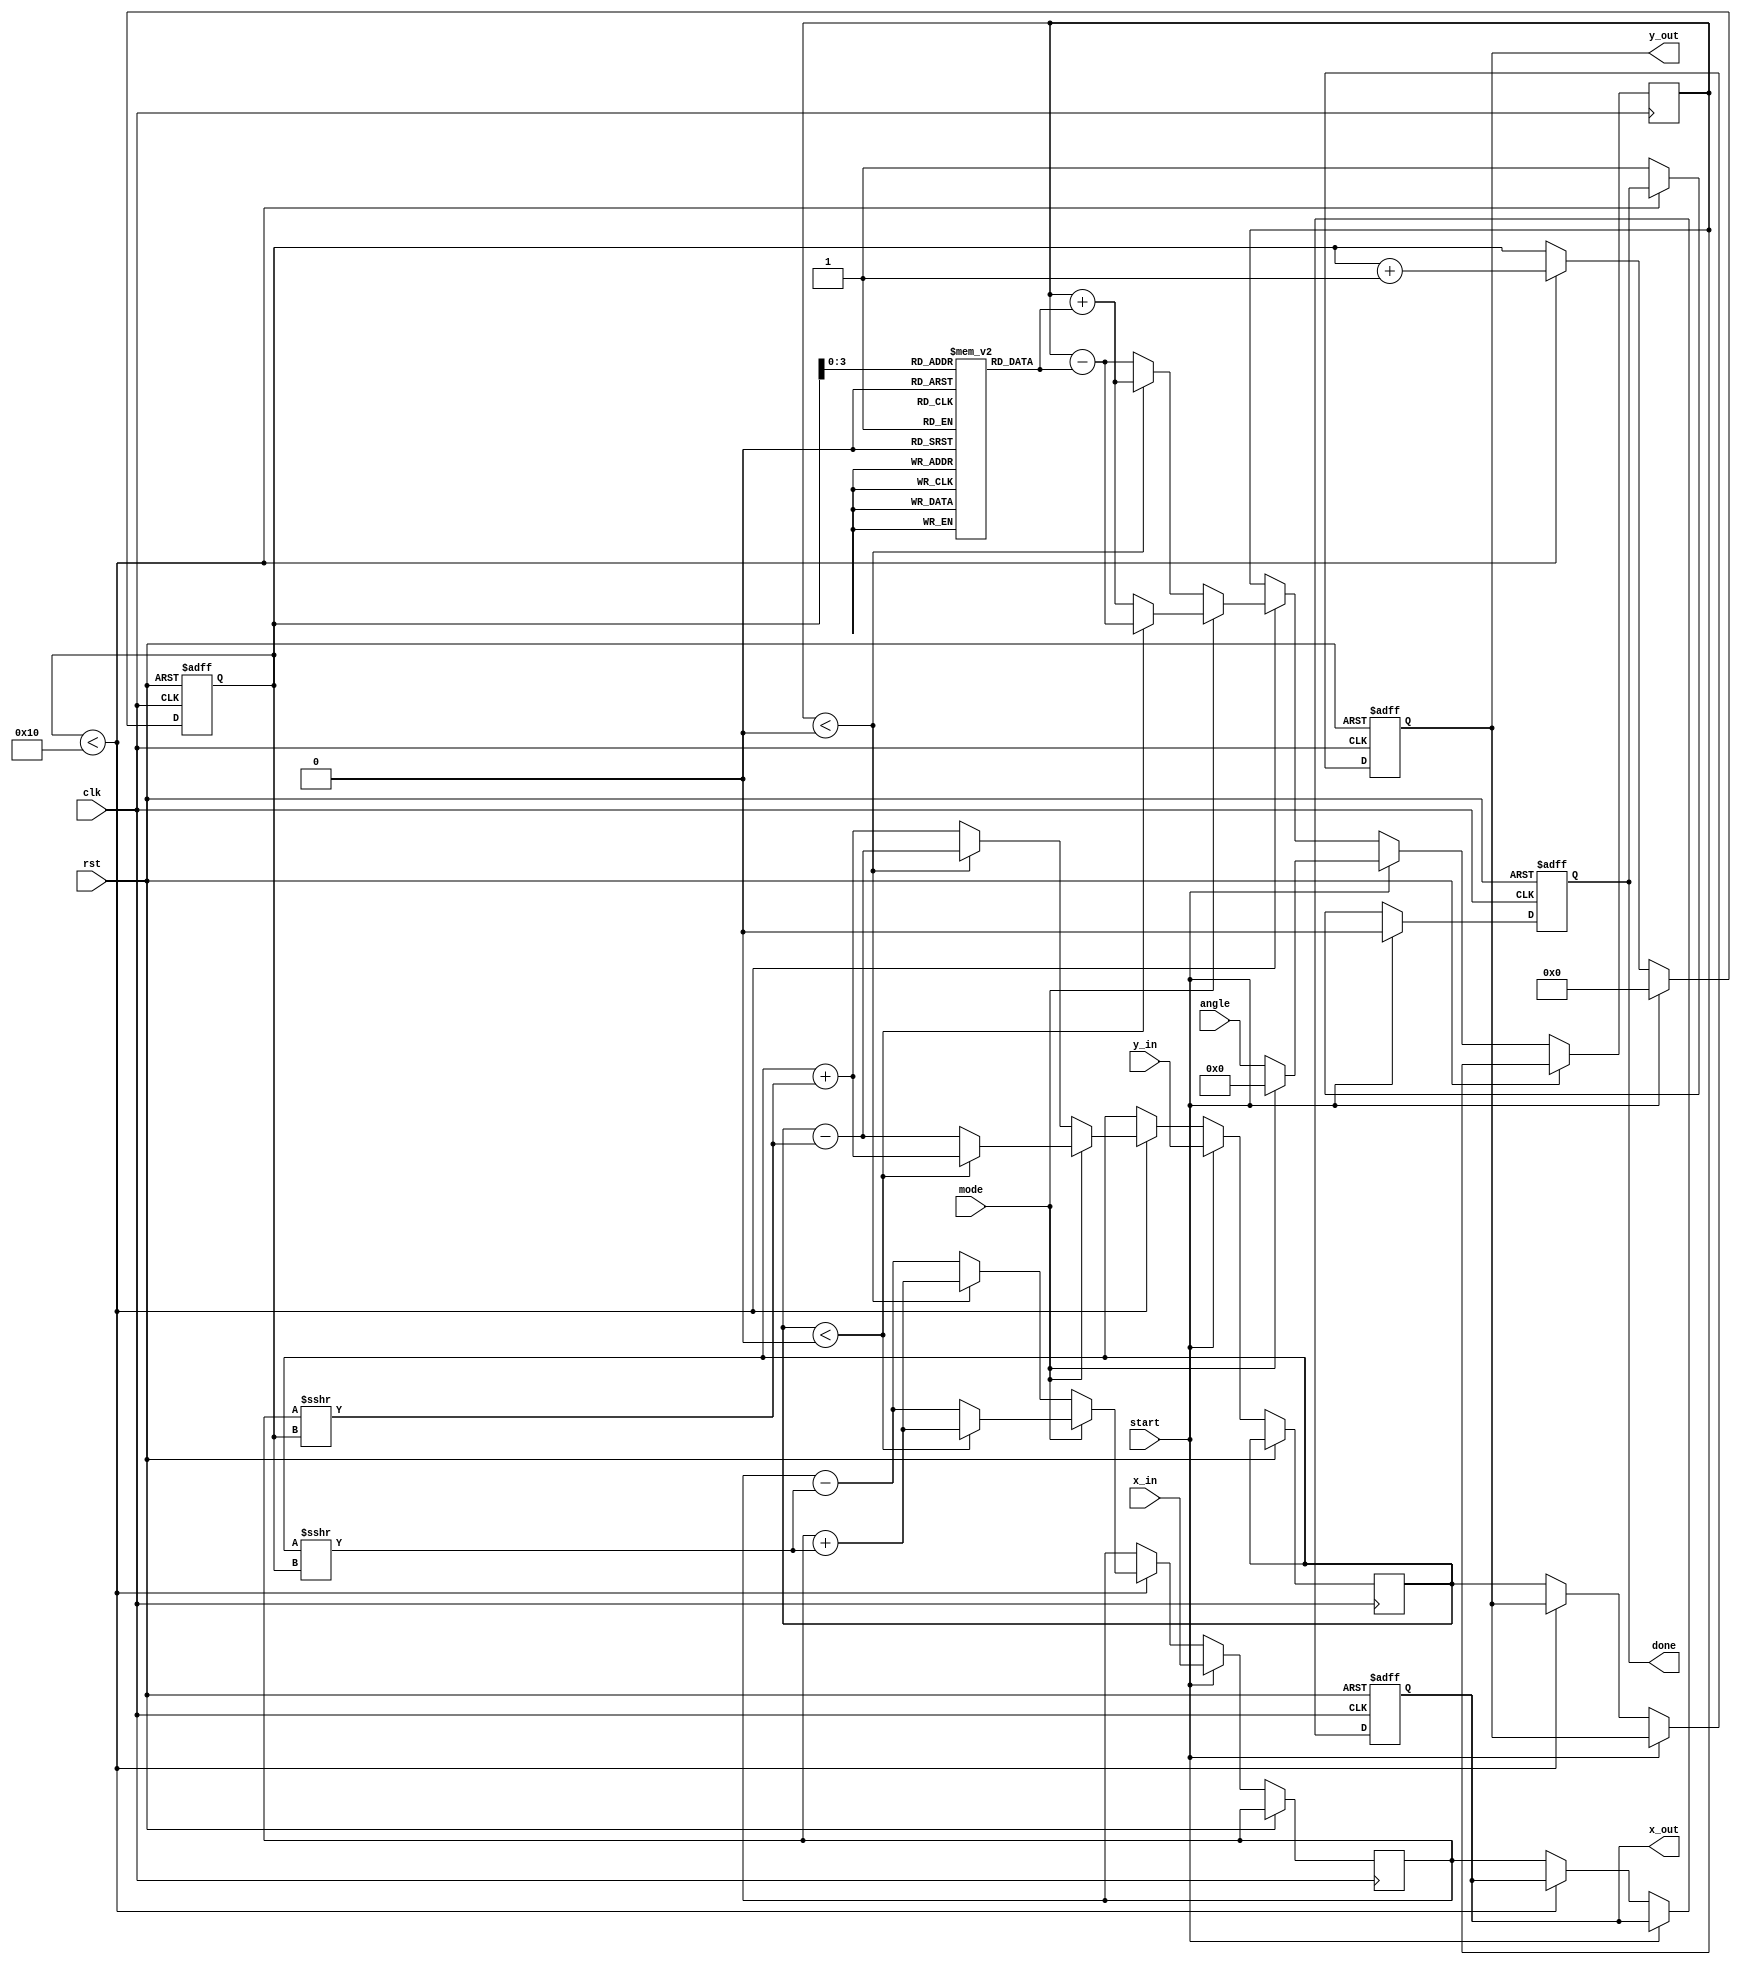
module cordic #(
    parameter WIDTH = 16,         // Width of fixed-point representation
    parameter ITERATIONS = 16     // Number of CORDIC iterations
)(
    input wire clk,               // Clock signal
    input wire rst,               // Reset signal
    input wire start,             // Start signal for computation
    input wire mode,              // Mode: 0 for rotation, 1 for vectoring
    input wire signed [WIDTH-1:0] x_in, // X input for vectoring or cosine for rotation
    input wire signed [WIDTH-1:0] y_in, // Y input for vectoring or sine for rotation
    input wire signed [WIDTH-1:0] angle, // Angle input for rotation mode
    output reg signed [WIDTH-1:0] x_out, // X output
    output reg signed [WIDTH-1:0] y_out, // Y output
    output reg done               // Done signal
);

    // CORDIC constants
    reg signed [WIDTH-1:0] atan_table [0:ITERATIONS-1];
    initial begin
        // Pre-computed arctangent values for CORDIC
        atan_table[0] = 16'h2000; // atan(2^-0) = 0.5
        atan_table[1] = 16'h1666; // atan(2^-1) = 0.3333
        atan_table[2] = 16'h0D89; // atan(2^-2) = 0.25
        atan_table[3] = 16'h0A3D; // atan(2^-3) = 0.125
        // ... Fill in the rest of the atan_table
        // atan_table[4] = 16'h0519; // atan(2^-4)
        // atan_table[5] = 16'h028F; // atan(2^-5)
        // ...
    end

    reg [4:0] iteration;          // Iteration counter
    reg signed [WIDTH-1:0] x;     // Internal x value
    reg signed [WIDTH-1:0] y;     // Internal y value
    reg signed [WIDTH-1:0] z;     // Internal angle value

    always @(posedge clk or posedge rst) begin
        if (rst) begin
            x_out <= 0;
            y_out <= 0;
            done <= 0;
            iteration <= 0;
        end else if (start) begin
            // Initialize values based on mode
            if (mode == 0) begin // Rotation mode
                x <= x_in;
                y <= y_in;
                z <= angle;
            end else begin // Vectoring mode
                x <= x_in;
                y <= y_in;
                z <= 0; // Initial angle is zero
            end
            iteration <= 0;
            done <= 0;
        end else if (iteration < ITERATIONS) begin
            // CORDIC iteration
            if (mode == 0) begin // Rotation mode
                if (z < 0) begin
                    x <= x + (y >>> iteration);
                    y <= y - (x >>> iteration);
                    z <= z + atan_table[iteration];
                end else begin
                    x <= x - (y >>> iteration);
                    y <= y + (x >>> iteration);
                    z <= z - atan_table[iteration];
                end
            end else begin // Vectoring mode
                if (y < 0) begin
                    x <= x + (y >>> iteration);
                    y <= y + (x >>> iteration);
                    z <= z - atan_table[iteration];
                end else begin
                    x <= x - (y >>> iteration);
                    y <= y - (x >>> iteration);
                    z <= z + atan_table[iteration];
                end
            end
            iteration <= iteration + 1;
        end else begin
            // Output results
            x_out <= x;
            y_out <= y;
            done <= 1;
        end
    end

endmodule